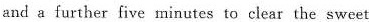
and a further five minutes to clear the sweet